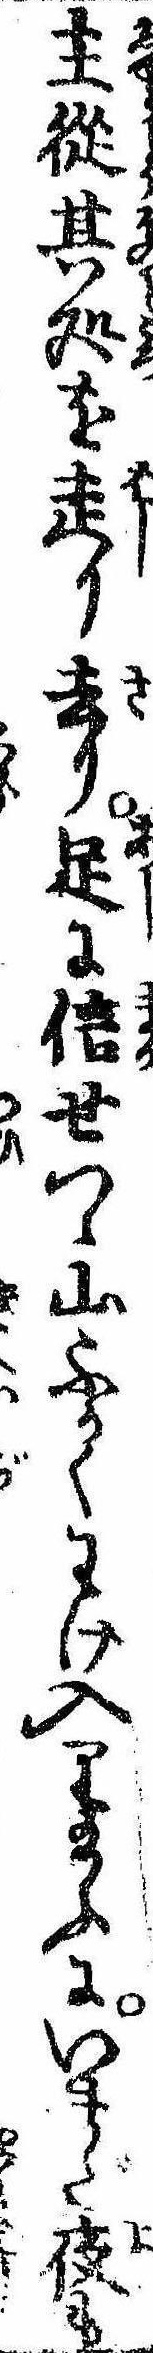
主従其処を走り去り足に信せつゝ山ふかくわけ入り給ふにいまだ夜も